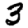
Digit: 3